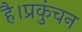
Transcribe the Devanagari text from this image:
है।प्रकुंचन